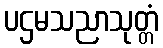
ပဌမသညာသုတ္တံ